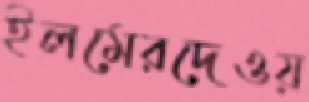
ইলমেরদেওয়